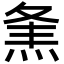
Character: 㶻